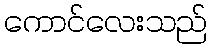
ကောင်လေးသည်